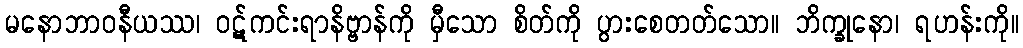
မနောဘာဝနီယဿ၊ ဝဋ်ကင်းရာနိဗ္ဗာန်ကို မှီသော စိတ်ကို ပွားစေတတ်သော။ ဘိက္ခုနော၊ ရဟန်းကို။